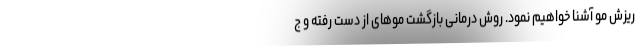
ریزش مو آشنا خواهیم نمود. روش درمانی بازگشت موهای از دست رفته و ج